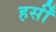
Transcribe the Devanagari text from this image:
हर्सीं